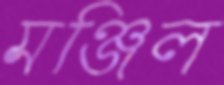
মঞ্জিল